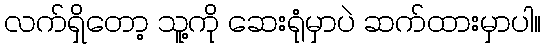
လက်ရှိတော့ သူ့ကို ဆေးရုံမှာပဲ ဆက်ထားမှာပါ။